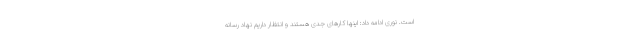
است. نوری ادامه داد: اینها کارهای جدی هستند و انتظار داریم نهاد رسانه